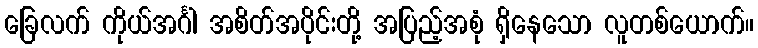
ခြေလက် ကိုယ်အင်္ဂါ အစိတ်အပိုင်းတို့ အပြည့်အစုံ ရှိနေသော လူတစ်ယောက်။